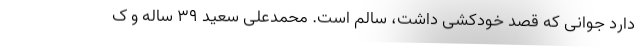
دارد جوانی که قصد خودکشی داشت، سالم است. محمدعلی سعید ۳۹ ساله و ک